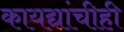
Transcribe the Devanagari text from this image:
कायद्यांचीही